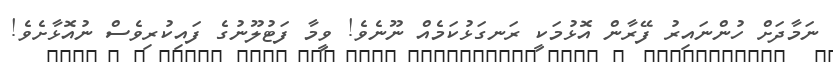
ނަމާދަށް ހުންނައިރު ފޭރާން އޮޅުމަކީ ރަނގަޅުކަމެއް ނޫނެވެ! ވީމާ ފަޓުލޫނުގެ ފައިކުރިވެސް ނުއޮޅާށެވެ!